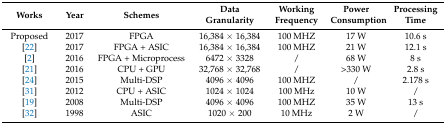
| Works | Year | Schemes | Data Granularity | Working Frequency | Power Consumption | Processing Time |
 | --- | --- | --- | --- | --- | --- | --- |
 | Proposed | 2017 | FPGA | 16,384 × 16,384 | 100 MHZ | 17 W | 10.6 s |
 | [22] | 2017 | FPGA + ASIC | 16,384 × 16,384 | 100 MHZ | 21 W | 12.1 s |
 | [2] | 2016 | FPGA + Microprocess | 6472 × 3328 | / | 68 W | 8 s |
 | [21] | 2016 | CPU + GPU | 32,768 × 32,768 | / | >330 W | 2.8 s |
 | [24] | 2015 | Multi-DSP | 4096 × 4096 | 100 MHZ | / | 2.178 s |
 | [31] | 2012 | CPU + ASIC | 1024 × 1024 | 100 MHz | 10 W | / |
 | [19] | 2008 | Multi-DSP | 4096 × 4096 | 100 MHZ | 35 W | 13 s |
 | [32] | 1998 | ASIC | 1020 × 200 | 10 MHz | 2 W | / |